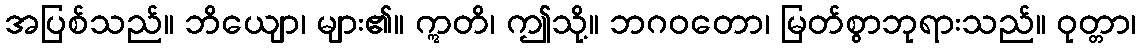
အပြစ်သည်။ ဘိယျော၊ များ၏။ ဣတိ၊ ဤသို့။ ဘဂဝတော၊ မြတ်စွာဘုရားသည်။ ဝုတ္တာ၊